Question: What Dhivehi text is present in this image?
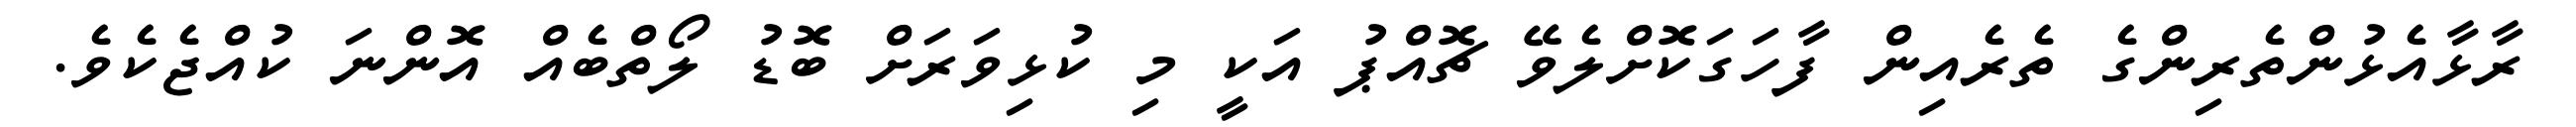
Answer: ރާޅާއެޅުންތެރިންގެ ތެރެއިން ފާހަގަކޮށްލެވޭ ޗޮއްޕު އަކީ މި ކުޅިވަރަށް ބޮޑު ލޯތްބެއް އޮންނަ ކުއްޖެކެވެ.